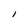
Character: l